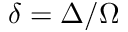
\delta = \Delta / \Omega